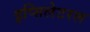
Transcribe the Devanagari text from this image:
इप्सिलेटरल